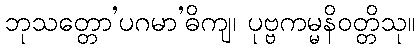
ဘုသတ္တော’ပဂမာ’ဓိကျ၊ ပုဗ္ဗကမ္မနိဝတ္တိသု။